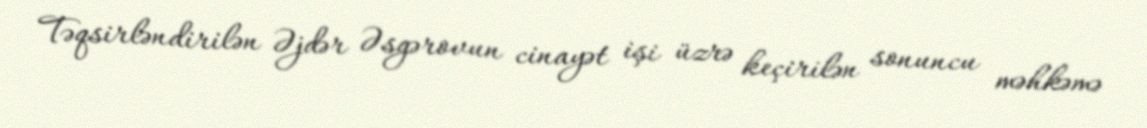
Təqsirləndirilən Əjdər Əsgərovun cinayət işi üzrə keçirilən sonuncu məhkəmə